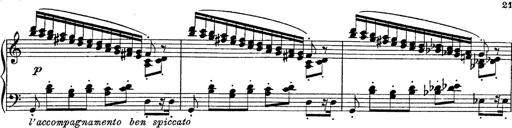
Title: Fantasie Ã¼ber Themen aus Mozarts Figaro und Don Giovanni
Composer: Franz Liszt